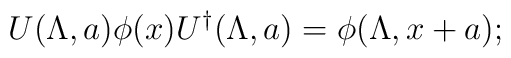
U(\Lambda ,a ) \phi (x) U^{\dagger} (\Lambda ,a) = \phi (\Lambda ,x +a);